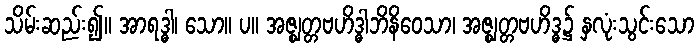
သိမ်းဆည်း၍။ အာရဒ္ဓါ၊ သော။ ပ။ အဇ္ဈတ္တဗဟိဒ္ဓါဘိနိဝေသာ၊ အဇ္ဈတ္တဗဟိဒ္ဓ၌ နှလုံးသွင်းသော